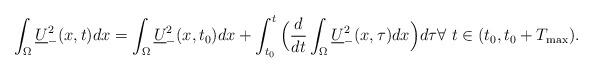
LaTeX: \begin{align*}\int_\Omega \underline U_-^2(x,t)dx=\int_\Omega \underline U_-^2(x,t_0)dx+\int_{t_0}^t \Big(\frac{d}{dt}\int_{\Omega}\underline U_-^2(x,\tau)dx\Big)d\tau\forall\,\, t\in (t_0,t_0+T_{\max}).\end{align*}